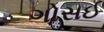
ગોસઈ